Reports on dispensaries and lunatic asylums in the Province of Oudh - 1869-1876
Year: 1869
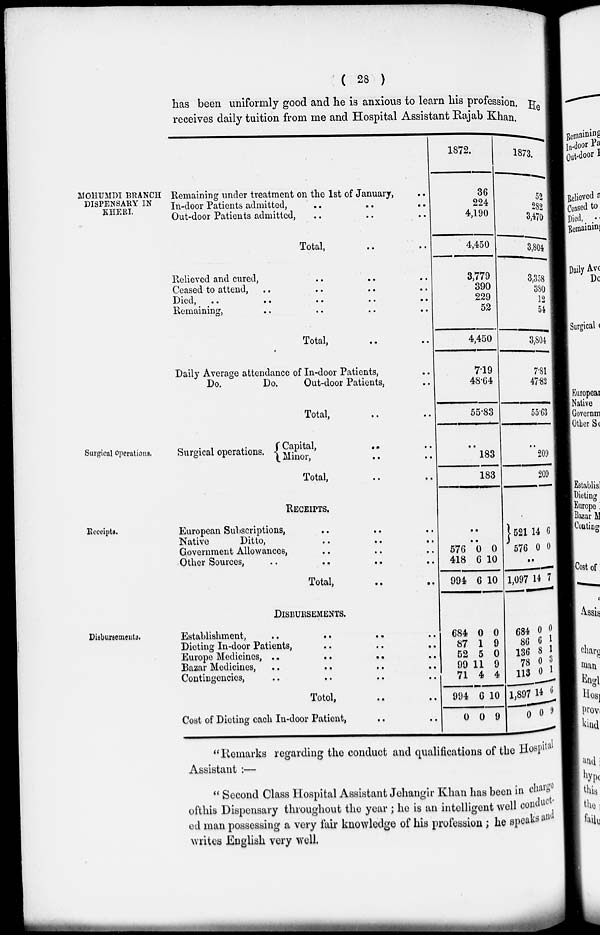
( 28 )
has been uniformly good and he is anxious to learn his profession, He
receives daily tuition from me and Hospital Assistant Rajab Khan.
MOHUMDI BRANCH
DISPENSARY IN
KHERI.
Remaining under treatment on the 1st of January, ..
In-door Patients admitted, .. .. ..
Out-door Patients admitted, .. .. ..
Total, .. ..
Relieved and cured, .. .. ..
Ceased to attend, .. .. .. ..
Died, .. .. .. .. ..
Remaining, .. .. .. ..
Total, .. ..
Daily Average attendance of In-door Patients, ..
Do.
Do.
Out-door Patients, ..
Total, .. ..
1872.
36
224
4,190
4,450
3,779
390
229
52
4,450
7.19
48.64
55.83
1873.
52
282
3,470
3,804
3,358
380
12
54
3,804
7.81
47.82
55.63
Surgical operations.
Surgical operations.
Capital, .. ..
Minor, .. ..
Total, .. ..
..
183
183
..
209
209
Receipts.
RECEIPTS.
European Subscriptions, .. .. ..
Native
Ditto, .. .. ..
Government Allowances, .. .. ..
Other Sources,
..
..
.,
Total, .. ..
..
576
418
994
0
6
6
0
10
10
521
576
14
0
6
0
..
1,097 14 7
Disbursements.
DISBURSEMENTS.
Establishment, .. .. .. ..
Dieting In-door Patients, .. .. ..
Europe Medicines, .. .. ..
Bazar Medicines, .. .. .. ..
Contingencies, .. .. .. ..
Total, .. ..
Cost of Dieting each In-door Patient, .. ..
684
87
52
99
71
994
0
0
1
5
11
4
6
0
0
9
0
9
4
10
9
684
86
136
78
113
1,897
0
0
6
8
0
0
14
0
0
1
1
3
1
6
9
"Remarks regarding the conduct and qualifications of the Hospital
Assistant :—
" Second Class Hospital Assistant Jehangir Khan has been in charge
of this Dispensary throughout the year ; he is an intelligent well conduct-
ed man possessing a very fair knowledge of his profession; he speaks and
writes English very well.